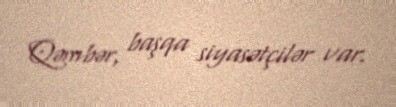
Qəmbər, başqa siyasətçilər var.